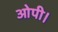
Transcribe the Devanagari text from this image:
ओपी।